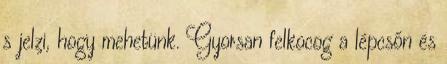
s jelzi, hogy mehetünk. Gyorsan felkocog a lépcsőn és